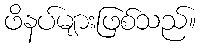
ဖိနပ်များဖြစ်သည်။